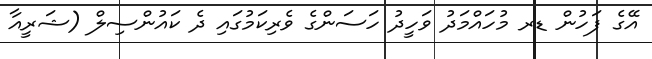
އޭގެ ފަހުން ޑރ މުހައްމަދު ވަހީދު ހަސަންގެ ވެރިކަމުގައި ދެ ކައުންސިލް (ޝަރީއާ